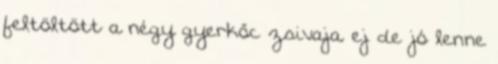
feltöltött a négy gyerkőc zsivaja. ej de jó lenne